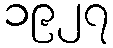
၁၉၂၇